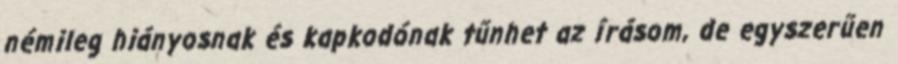
némileg hiányosnak és kapkodónak tűnhet az írásom, de egyszerűen